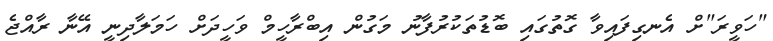
"ހަވީރަ"ށް އެނގިފައިވާ ގޮތުގައި ބޮޑުތަކުރުފާނު މަގުން އިބްރާހީމް ވަހީދަށް ހަމަލާދިނީ އޭނާ ރާއްޖެ